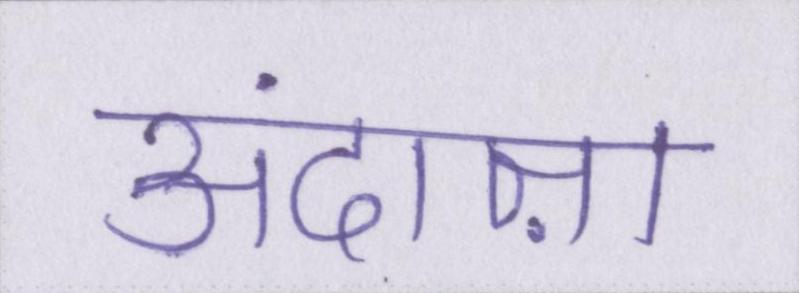
अंदाज़ा